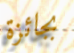
بجائزة